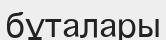
бұталары